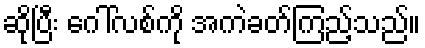
ဆိုပြီး ဂေါ်လစ်ကို အကဲခတ်ကြည့်သည်။